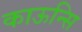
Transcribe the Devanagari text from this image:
काऊन्सि